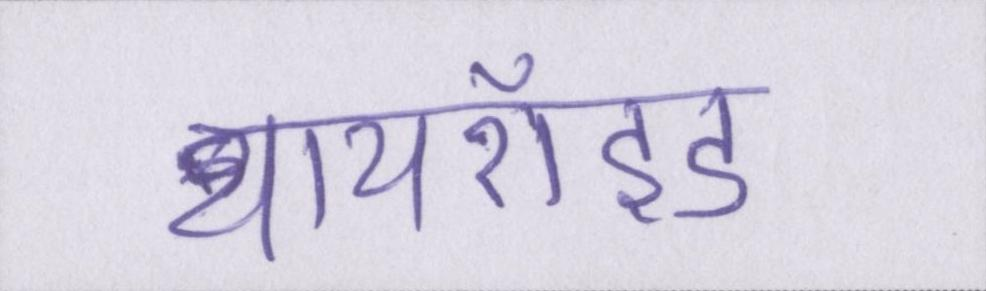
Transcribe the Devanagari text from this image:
थायरॉइड